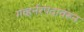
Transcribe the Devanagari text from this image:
गव्हर्नरपदावरून